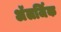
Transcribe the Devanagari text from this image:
अॅलर्जिक